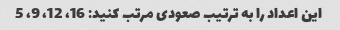
این اعداد را به ترتیب صعودی مرتب کنید: 16، 12، 9، 5